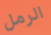
الرمل